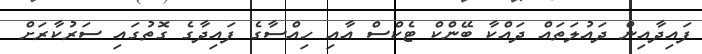
ފައިދާއިން ދައުލަތައް ދައްކާ ބޭންކް ޓެކްސް އާއި ހިއްސާގެ ފައިދާގެ ގޮތުގައި ސަރުކާރަށް